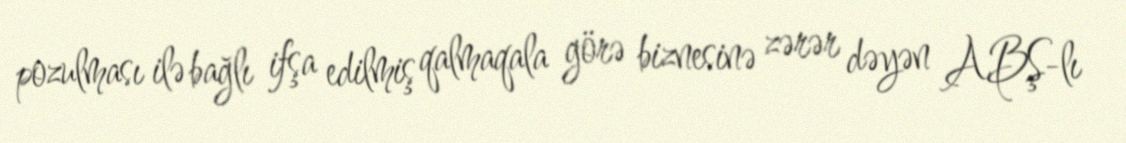
pozulması ilə bağlı ifşa edilmiş qalmaqala görə biznesinə zərər dəyən ABŞ-lı